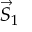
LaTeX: { \vec { S } } _ { 1 }